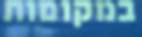
במקומות